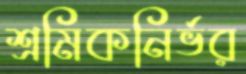
শ্রমিকনির্ভর